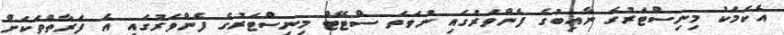
އެކަމަކު މިނިސްޓަރުގެ ނާއިބުގެ ފެންވަރުގައި ނުވަތަ ސްޓޭޓް މިނިސްޓަރުގެ ފެންވަރުގައި އެ ފަރާތްތަކަށް